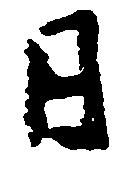
日